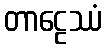
တာဠေဿံ